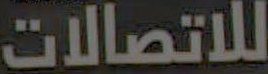
للاتصالات